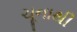
ચૂનાથી